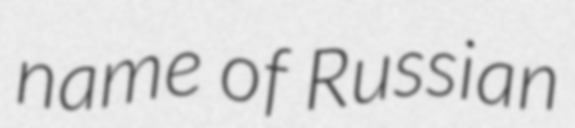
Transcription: name of Russian